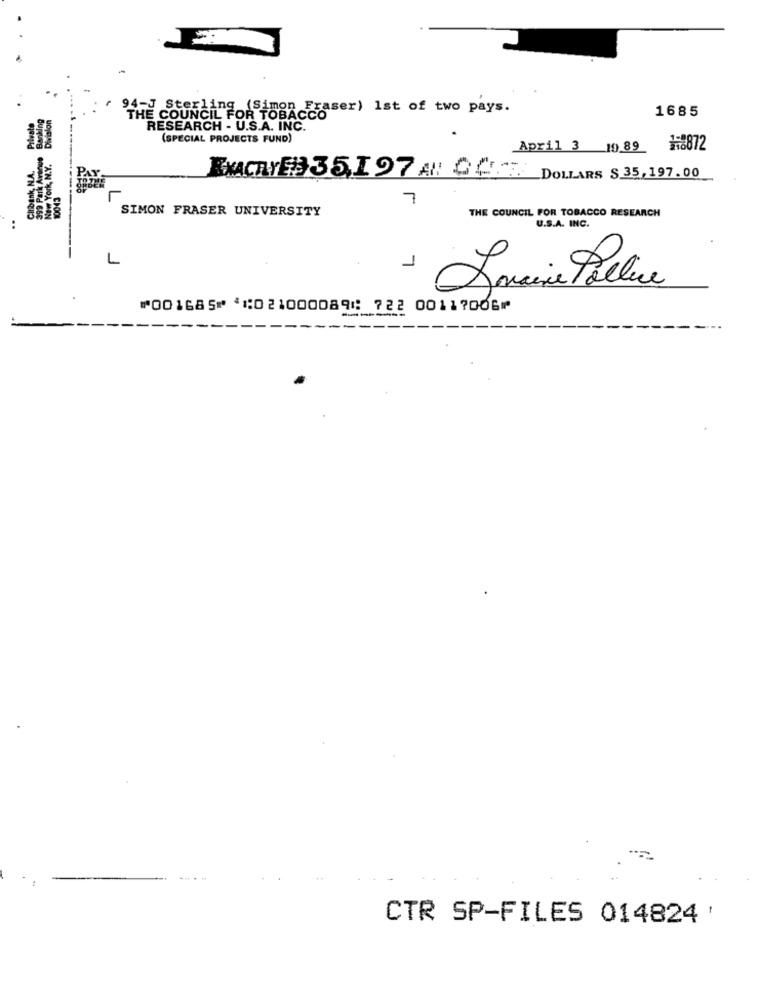
94-J Sterling (Simon Fraser) 1st of two pays.
1685
THE COUNCIL FOR TOBACCO
RESEARCH - U.S.A. INC.
(SPECIAL PROJECTS FUND)
April 3 10.89 18872
EXACTY ##35,197 A: CC .. DOLLARS $ 35, 197.00
7
SIMON FRASER UNIVERSITY
THE COUNCIL FOR TOBACCO RESEARCH
U.S.A. INC.
L
Somcine Pallice
⑈001685⑈ ⑆021000089⑆ 722 00117006⑈
CTR SP-FILES 014824 '